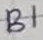
Text: B1